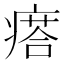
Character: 瘩